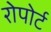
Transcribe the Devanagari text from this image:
रोपोर्ट